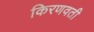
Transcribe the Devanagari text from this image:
किरणवती